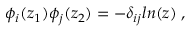
\phi _ { i } ( z _ { 1 } ) \phi _ { j } ( z _ { 2 } ) = - \delta _ { i j } l n ( z ) \; ,